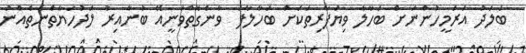
ބަލަދު އަރަމީހުންނަށް ބަހާލާ ވިޔަފާރިތަކަށް ބަހާލާފަ  ވާނެގޮތްވަނީއޭ ބުނާއިރު ލަދުހަޔާތްނެތެއްނު